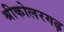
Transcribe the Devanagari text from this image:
श्रीकोलरगढ़